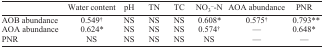
<table><thead><tr><td></td><td><b>Water content</b></td><td><b>pH</b></td><td><b>TN</b></td><td><b>TC</b></td><td><b>NO<sub>3</sub><sup>−</sup>-N</b></td><td><b>AOA abundance</b></td><td><b>PNR</b></td></tr></thead><tbody><tr><td>AOB abundance</td><td>0.549†</td><td>NS</td><td>NS</td><td>NS</td><td>0.608*</td><td>0.575†</td><td>0.793**</td></tr><tr><td>AOA abundance</td><td>0.624*</td><td>NS</td><td>NS</td><td>NS</td><td>0.574†</td><td>—</td><td>0.648*</td></tr><tr><td>PNR</td><td>NS</td><td>NS</td><td>NS</td><td>NS</td><td>NS</td><td>—</td><td>—</td></tr></tbody></table>